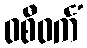
ဝစီဝင်္ကံ